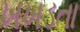
ખખડતા